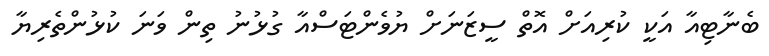
ބެނާޓިއާ އަކީ ކުރިއަށް އޮތް ސީޒަނަށް ޔުވެންޓަސްއާ ގުޅުނު ތިން ވަނަ ކުޅުންތެރިޔާ